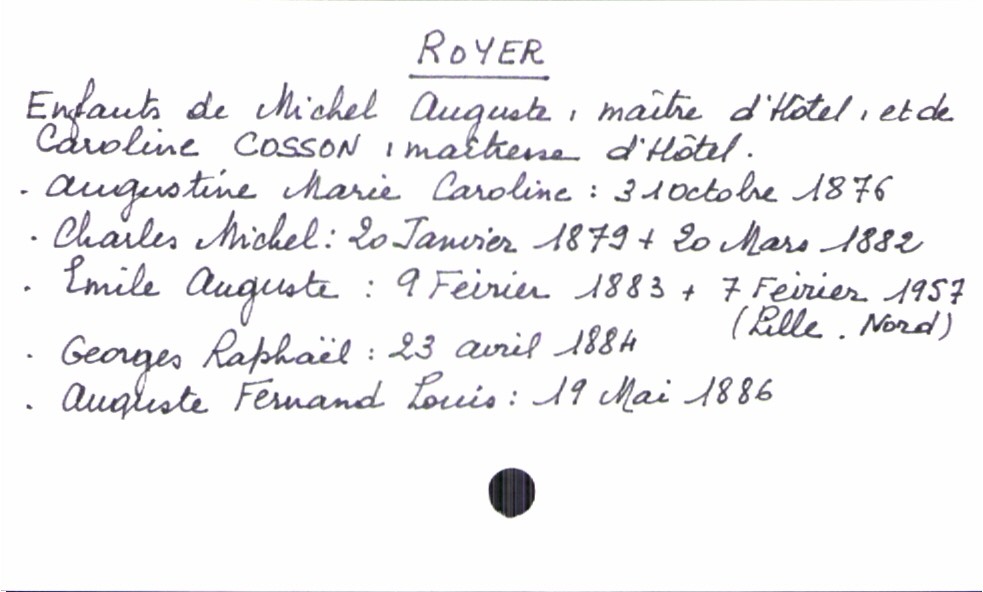
type_acte: Baptême
filiation: fils
enfant_prénom: Auguste Fernand Louis
enfant_date_de_naissance: 19 mai 1886
enfant_date_de_décès: 7 février 1957
enfant_lieu_de_décès: Lille (Nord)
père_enfant_nom: Royer
père_enfant_prénom: Michel Auguste
père_enfant_profession: maître d'hôtel
mère_enfant_nom: Cosson
mère_enfant_prénom: Caroline
mère_enfant_profession: maîtresse d'hôtel